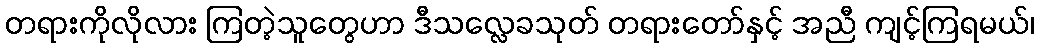
တရားကိုလိုလား ကြတဲ့သူတွေဟာ ဒီသလ္လေခသုတ် တရားတော်နှင့် အညီ ကျင့်ကြရမယ်၊